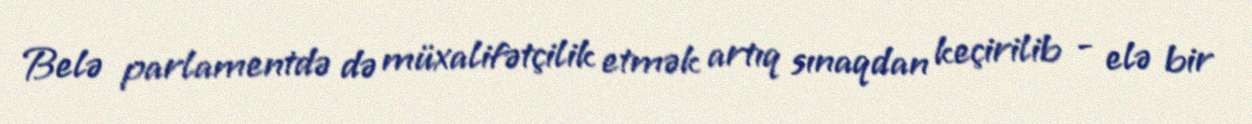
Belə parlamentdə də müxalifətçilik etmək artıq sınaqdan keçirilib - elə bir